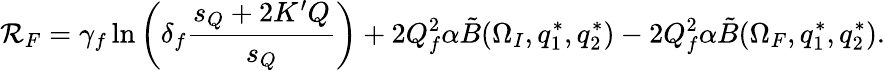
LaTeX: \mathcal{R}_{F}=\gamma_{f}\ln\left(\delta_{f}{\frac{{s_{Q}+2K^{\prime}Q}}{{s_{Q}}}}\right)+2Q_{f}^{2}\alpha\tilde{{B}}(\Omega_{I},q_{1}^{*},q_{2}^{*})-2Q_{f}^{2}\alpha\tilde{{B}}(\Omega_{F},q_{1}^{*},q_{2}^{*}).